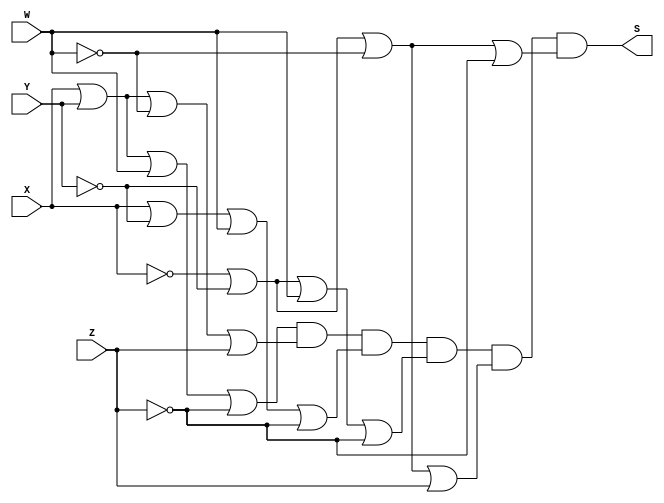
/*
 Guia_0604d.v - v0.0. - 28 / 08 / 2022
 Autor    : Gabriel Vargas Bento de Souza
 Matricula: 778023
 */

/* 
 Produto das somas
                  ____
F(X, Y, W, Z) =   | |  M (1,2,5,13,14,15)
*/

/**
 PoS (1,2,5,13,14,15)
 */
module PoS (output S,
            input  X, Y, W, Z);
   assign S = ( X |  Y |  W | ~Z)   // 1
            & ( X |  Y | ~W |  Z)   // 2
            & ( X | ~Y |  W | ~Z)   // 5
            & (~X | ~Y |  W | ~Z)   // 13
            & (~X | ~Y | ~W |  Z)   // 14
            & (~X | ~Y | ~W | ~Z);  // 15
endmodule // PoS 

/**
 PoS(1,2,5,13,14,15)_Simplificado = X +W +Z' .X'+Y'+W' .X +Y +W'+Z .X'+Y'+W +Z'
 */
module PoS_simple (output S,
                   input  X, Y, W, Z);
   assign S = ( X |  W | ~Z)
            & (~X | ~Y | ~W)
            & ( X |  Y | ~W |  Z)
            & (~X | ~Y |  W | ~Z);
endmodule // PoS_simple

/**
  Guia_0604d.v
 */
module Guia_0604d;
   reg  X, Y, W, Z;
   wire S1, S2;
   
   // instancias
   PoS        POS1 (S1, X, Y, W, Z);
   PoS_simple POS2 (S2, X, Y, W, Z);
   
   // valores iniciais
   initial begin: start
      X=1'bx; Y=1'bx; W=1'bx; Z=1'bx;
   end

   // parte principal
   initial begin: main
       $display("Gabriel Vargas Bento de Souza - 778023");
       $display("Guia_06");
       $display("\n04.d) PoS (1,2,5,13,14,15)\n");

       // monitoramento
       $display(" X  Y  W  Z  S1  S2");
       $monitor("%2b %2b %2b %2b %2b %3b", X,  Y,  W,  Z,  S1, S2);

       // sinalizacao
          X=0; Y=0; W=0; Z=0;
       #1                Z=1;
       #1           W=1; Z=0;
       #1                Z=1;
       #1      Y=1; W=0; Z=0;
       #1                Z=1;
       #1           W=1; Z=0;
       #1                Z=1;
       #1 X=1; Y=0; W=0; Z=0;
       #1                Z=1;
       #1           W=1; Z=0;
       #1                Z=1;
       #1      Y=1; W=0; Z=0;
       #1                Z=1;
       #1           W=1; Z=0;
       #1                Z=1;
   end
endmodule // Guia_0604d

/*
C:\Users\Gabriel\Desktop\CC-PUC\2Periodo\ARQ1\Tarefas\Guia06>vvp Guia_0604d.vvp
Gabriel Vargas Bento de Souza - 778023
Guia_06

04.d) PoS (1,2,5,13,14,15)

 X  Y  W  Z  S1  S2
 0  0  0  0  1   1
 0  0  0  1  0   0
 0  0  1  0  0   0
 0  0  1  1  1   1
 0  1  0  0  1   1
 0  1  0  1  0   0
 0  1  1  0  1   1
 0  1  1  1  1   1
 1  0  0  0  1   1
 1  0  0  1  1   1
 1  0  1  0  1   1
 1  0  1  1  1   1
 1  1  0  0  1   1
 1  1  0  1  0   0
 1  1  1  0  0   0
 1  1  1  1  0   0

*/